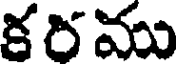
క ర ము